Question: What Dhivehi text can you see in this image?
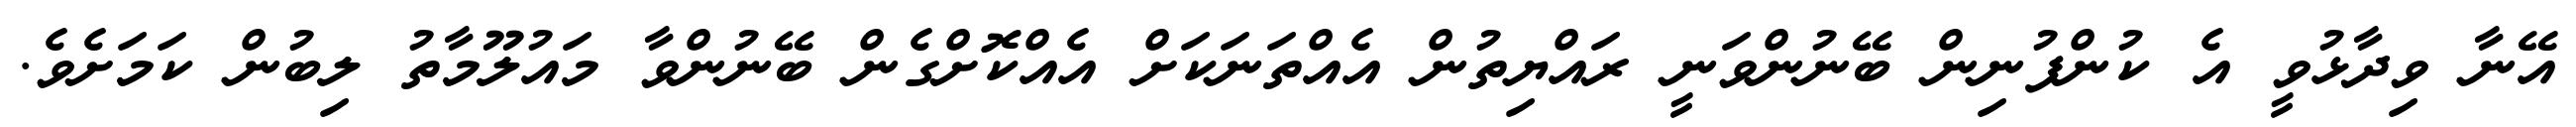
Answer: އޭނާ ވިދާޅުވީ އެ ކުންފުނިން ބޭނުންވަނީ ރައްޔިތުން އެއްތަނަކަށް އެއްކޮށްގެން ބޭނުންވާ މައުލޫމާތު ލިބުން ކަމަށެވެ.